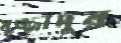
সুজ্জাদুর